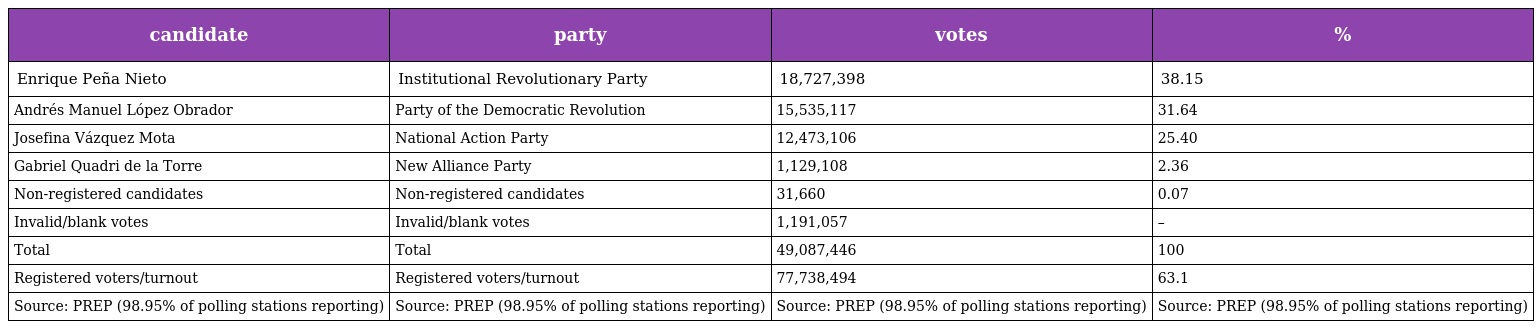
| candidate | party | votes | % |
 | --- | --- | --- | --- |
 | Enrique Peña Nieto | Institutional Revolutionary Party | 18,727,398 | 38.15 |
 | Andrés Manuel López Obrador | Party of the Democratic Revolution | 15,535,117 | 31.64 |
 | Josefina Vázquez Mota | National Action Party | 12,473,106 | 25.40 |
 | Gabriel Quadri de la Torre | New Alliance Party | 1,129,108 | 2.36 |
 | Non-registered candidates | Non-registered candidates | 31,660 | 0.07 |
 | Invalid/blank votes | Invalid/blank votes | 1,191,057 | – |
 | Total | Total | 49,087,446 | 100 |
 | Registered voters/turnout | Registered voters/turnout | 77,738,494 | 63.1 |
 | Source: PREP (98.95% of polling stations reporting) | Source: PREP (98.95% of polling stations reporting) | Source: PREP (98.95% of polling stations reporting) | Source: PREP (98.95% of polling stations reporting) |